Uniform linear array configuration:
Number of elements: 16
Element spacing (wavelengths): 1
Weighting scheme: blackman
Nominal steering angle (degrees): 60
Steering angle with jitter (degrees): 58.003
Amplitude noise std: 0.05
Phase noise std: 0.05

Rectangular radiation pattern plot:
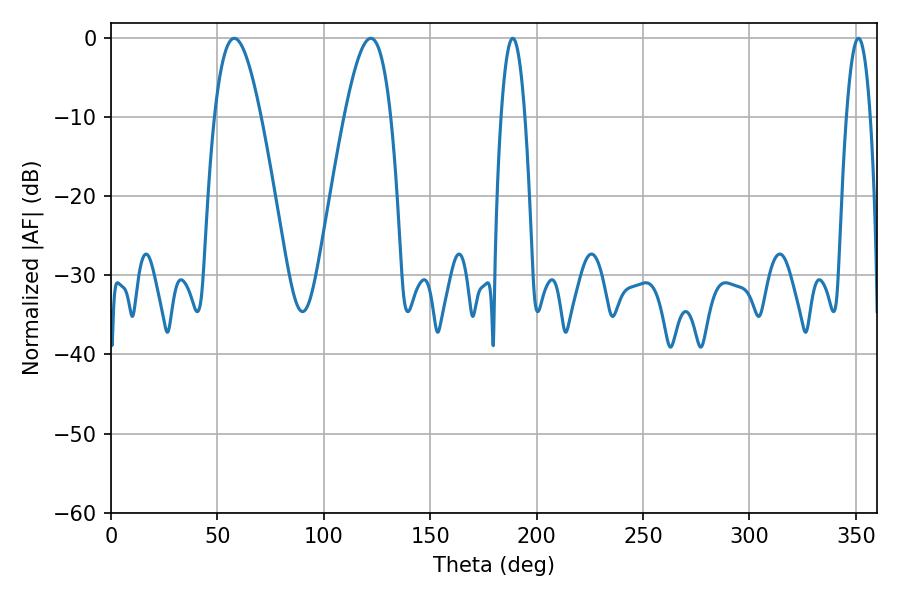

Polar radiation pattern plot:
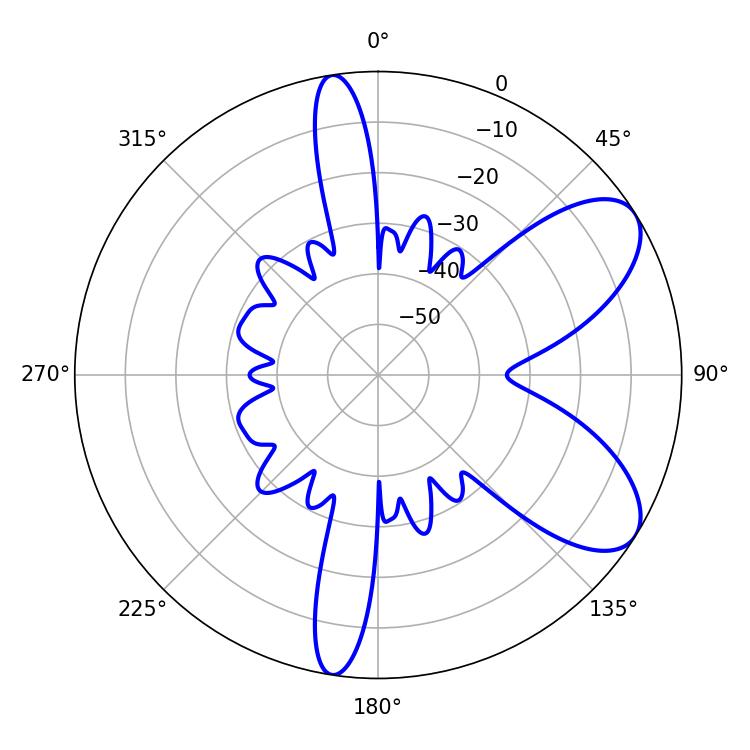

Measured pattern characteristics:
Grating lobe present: TRUE
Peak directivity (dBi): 7.625
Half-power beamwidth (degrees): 11.7
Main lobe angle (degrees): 57.96